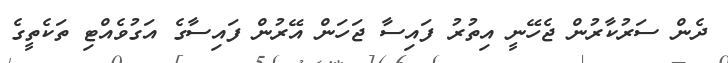
ދެން ސަރުކާރުން ޖެހޭނީ އިތުރު ފައިސާ ޖަހަން އޭރުން ފައިސާގެ އަގުވެއްޓި ތަކެތީގެ